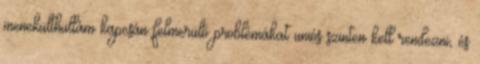
menekülthullám kapcsán felmerülő problémákat uniós szinten kell rendezni, és